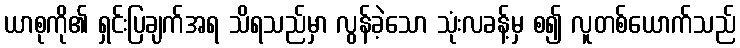
ယာစုကို၏ ရှင်းပြချက်အရ သိရသည်မှာ လွန်ခဲ့သော သုံးလခန့်မှ စ၍ လူတစ်ယောက်သည်